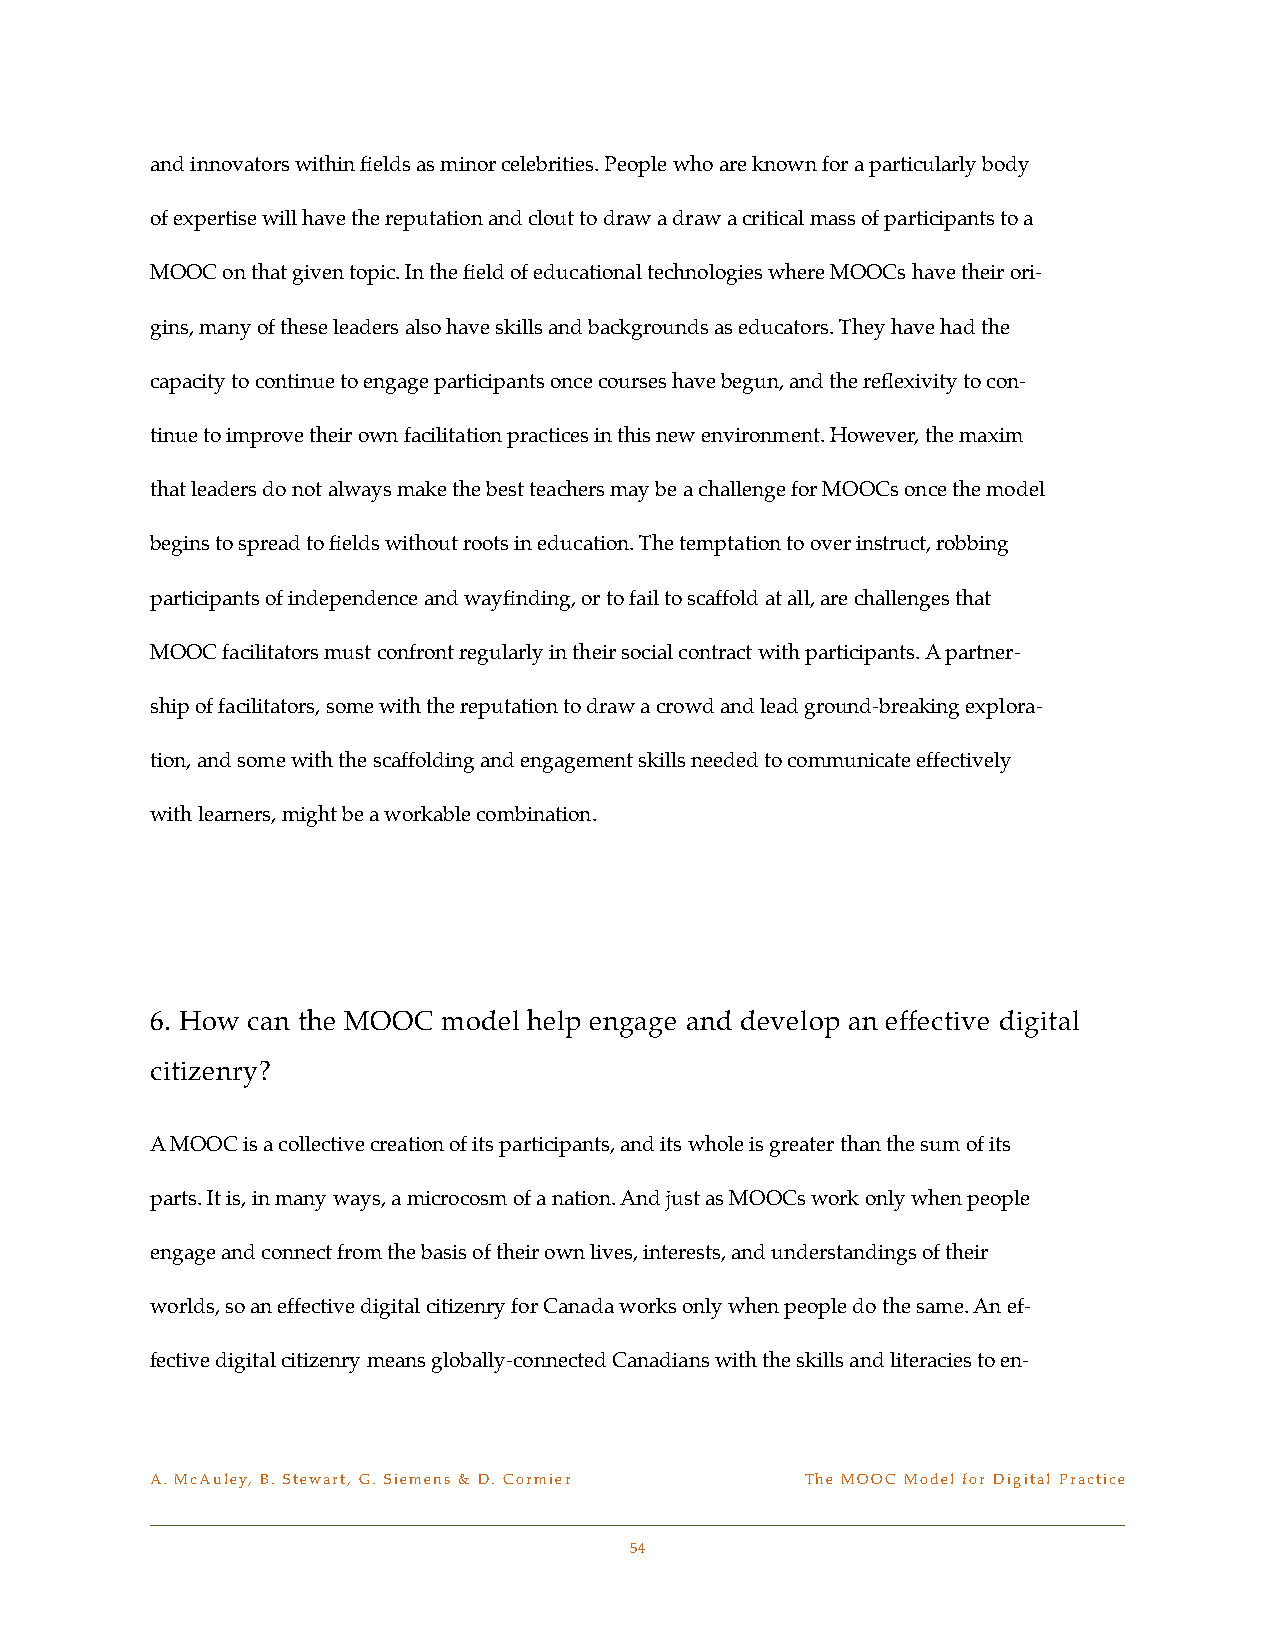
and innovators within fields as minor celebrities. People who are known for a particularly body
 of expertise will have the reputation and clout to draw a draw a critical mass of participants to a
 MOOC on that given topic. In the field of educational technologies where MOOCs have their ori-
 gins, many of these leaders also have skills and backgrounds as educators. They have had the
 capacity to continue to engage participants once courses have begun, and the reflexivity to con-
 tinue to improve their own facilitation practices in this new environment. However, the maxim
 that leaders do not always make the best teachers may be a challenge for MOOCs once the model
 begins to spread to fields without roots in education. The temptation to over instruct, robbing
 participants of independence and wayfinding, or to fail to scaffold at all, are challenges that
 MOOC facilitators must confront regularly in their social contract with participants. A partner-
 ship of facilitators, some with the reputation to draw a crowd and lead ground-breaking explora-
 tion, and some with the scaffolding and engagement skills needed to communicate effectively
 with learners, might be a workable combination.
 !    !    !
 6. How can the MOOC model help engage and develop an effective digital
 citizenry?
 A MOOC is a collective creation of its participants, and its whole is greater than the sum of its
 parts. It is, in many ways, a microcosm of a nation. And just as MOOCs work only when people
 engage and connect from the basis of their own lives, interests, and understandings of their
 worlds, so an effective digital citizenry for Canada works only when people do the same. An ef-
 fective digital citizenry means globally-connected Canadians with the skills and literacies to en-
 A. McAuley, B. Stewart, G. Siemens & D. Cormier! The MOOC Model for Digital Practice
 54